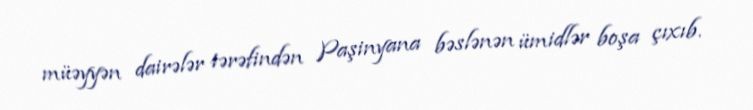
müəyyən dairələr tərəfindən Paşinyana bəslənən ümidlər boşa çıxıb.